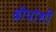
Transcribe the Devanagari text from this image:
श्रीपोशी